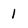
Character: I